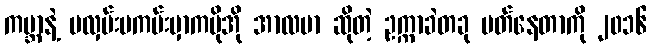
ကမ္ဘာနဲ့ မလှမ်းမကမ်းမှာကမိုအို အာလဗာ ဆိုတဲ့ ဥက္ကာခဲတခု ပတ်နေတာကို ၂၀၁၆